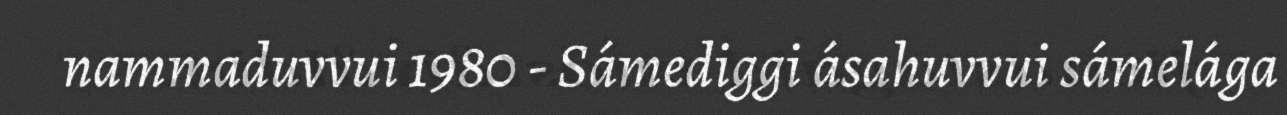
nammaduvvui 1980 - Sámediggi ásahuvvui sámelága